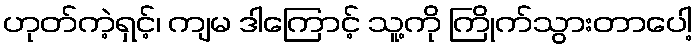
ဟုတ်ကဲ့ရှင့်၊ ကျမ ဒါကြောင့် သူ့ကို ကြိုက်သွားတာပေါ့